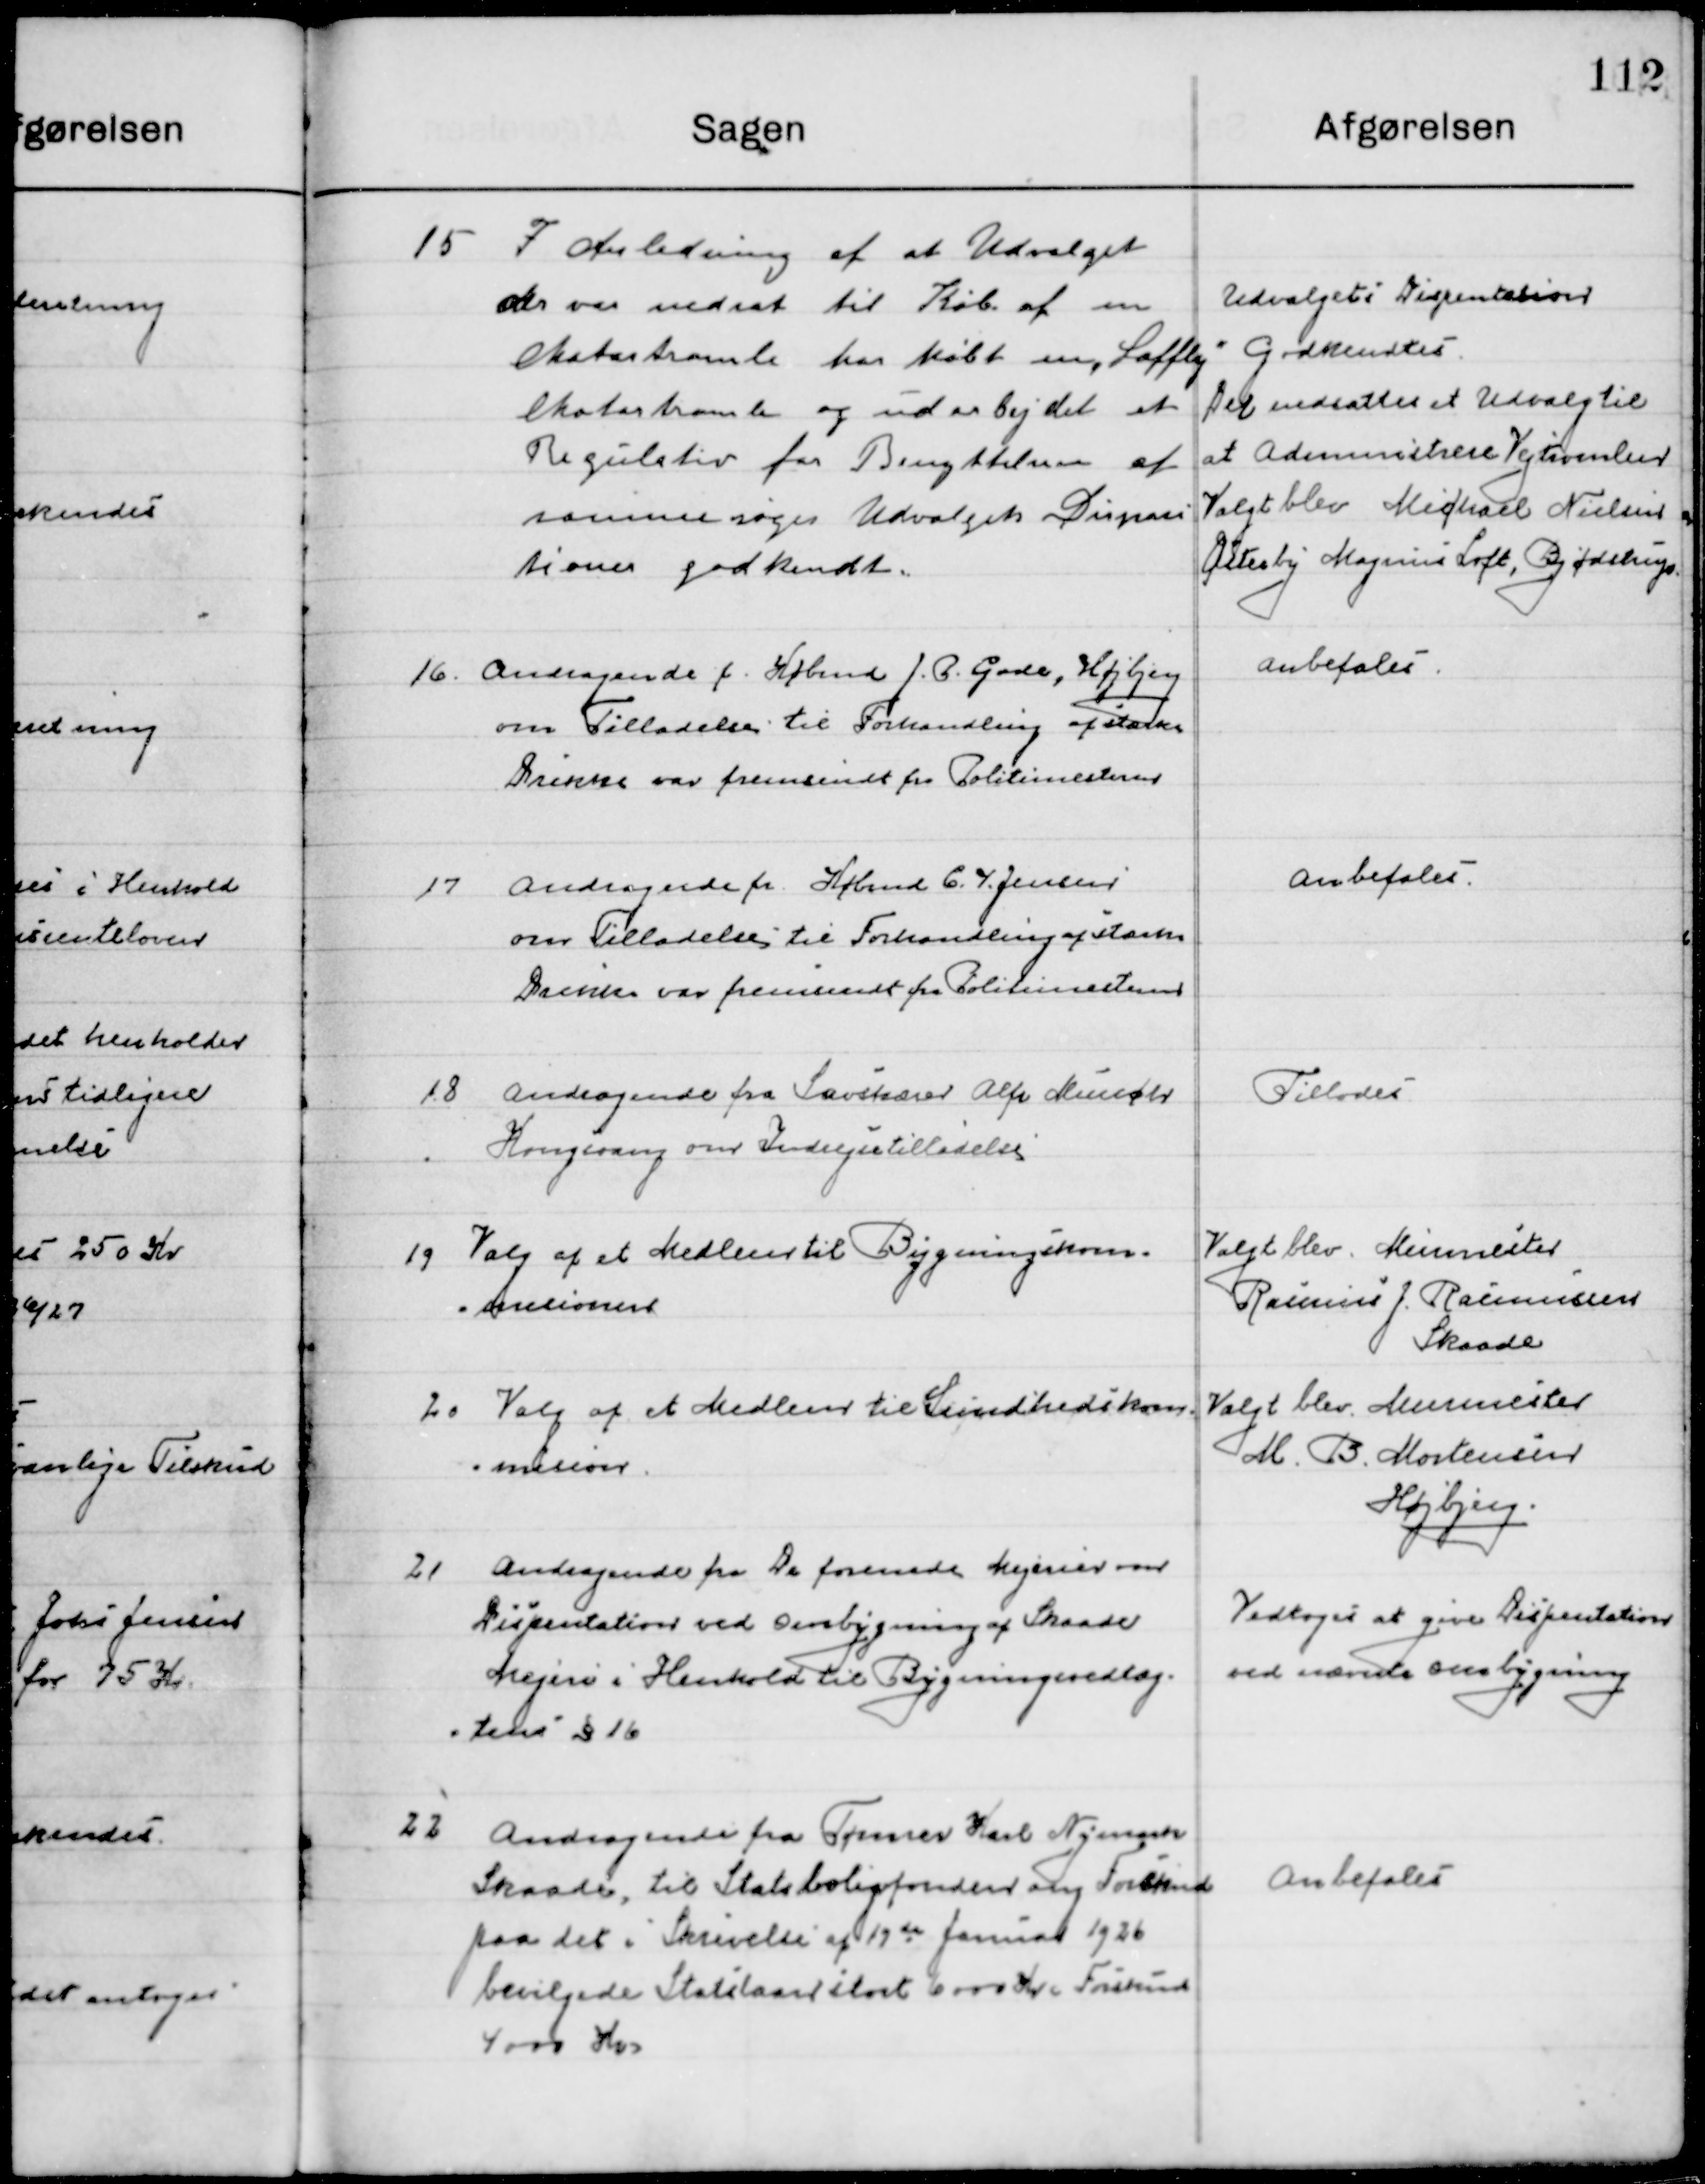
Transskription:
15

I Anledning af at Udvalget
der var nedsat til Køb af en
ekstratromle har købt en Lofflej
ekstratromle og udarbejdet et
Regulativ for Benyttelsen af 
samme søger Udvalget dispensa-
tionen godkendt.

Udvalgt til Dispensation
Godkendt
Det ansattes et Udvalg til
at Administrere Vejamterne
Valgt blev Michael Nielsen
Østerby Magnus Loft, Bjødstrup

16

Andragende fra Købmd. J. P. Gade, Højbjerg
om Tilladelse til Forhandling af stærke
Drikke var fremsendt fra Politimesteren

Anbefales

17

Andragende fra Købmd. C. I. Jensen 
om Tilladelse til Forhandling af stærke 	
Drikke var fremsendt fra Politimesteren

Anbefales

18

Andragende fra Savskærer Alfs Mineøer
Kongsvang om Indrejsetilladelse

Tillodes

19

Valg af et  Medlem til Bygningskom-
missionen

Valgt blev Murermester
Rasmus J. Rasmussen
Skaade

20

Valg af et  Medlem til Sundhedskom-
Missionen.

Valgt blev Murermester
M. B. Mortensen
Højbjerg

21

Andragende fra de forenede Mejerier om
Dispensation ved Ombygning af Skaade
Mejeri i Henhold til Bygningsvedtæg-
tens § 16.

Vedtoges at give Dispensation
ved nævnte ombygning

22

Andragende fra Tømrer Karl Nymark
Skaade, til Statsboligfondens ang. Forskud
paa det i Skrivelse af 19de Januar 1926
bevilgede Statslaan stort 6000 Kr. Forskud
4000 Kr.

Anbefales